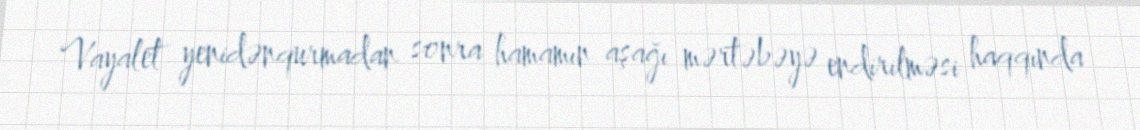
Vayalet yenidənqurmadan sonra hamamın aşağı mərtəbəyə endirilməsi haqqında